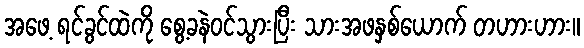
အဖေ့ ရင်ခွင်ထဲကို စွေ့ခနဲဝင်သွားပြီး သားအဖနှစ်ယောက် တဟားဟား။